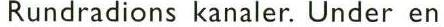
Rundradions kanaler. Under en